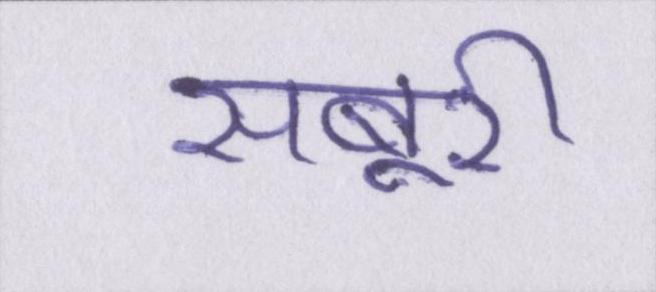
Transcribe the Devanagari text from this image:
सबूरी